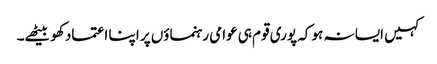
کہیں ایسا نہ ہو کہ پوری قوم ہی عوامی رہنماؤں پر اپنا اعتماد کھو بیٹھے۔